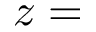
z =